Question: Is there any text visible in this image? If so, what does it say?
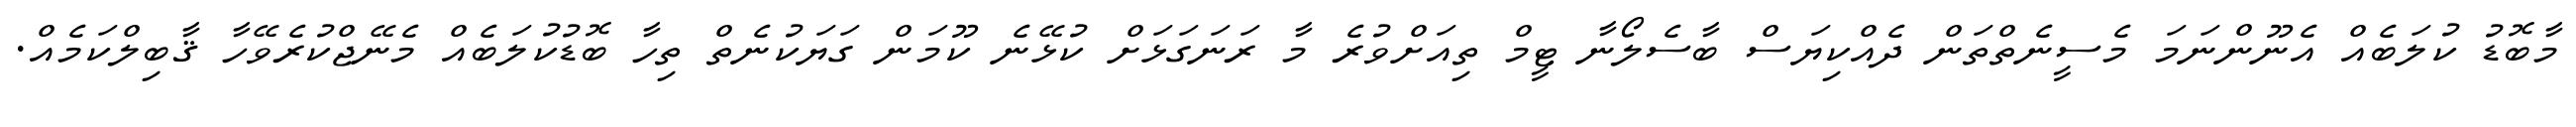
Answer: މާބޮޑު ކުލަބެއް އެނޫންނަމަ މެސީނެތްތަން ދެއްކިޔަސް ބާސެލޯނާ ޓީމް ތިއަށްވުރެ މާ ރަނަގަޅަށް ކުޅޭނެ ކޫމަން ގަޔަކުނެތް ތިހާ ބޮޑުކުލަބެއް މެނޭޖްކުރެވޭހާ ޤާބިލްކަމެއް.